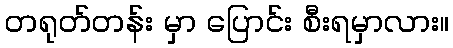
တရုတ်တန်း မှာ ပြောင်း စီးရမှာလား။